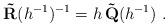
LaTeX: \begin{align*} \mathbf{\tilde{R}}(h^{-1})^{-1} = h\,\mathbf{\tilde{Q}}(h^{-1}) \ . \end{align*}